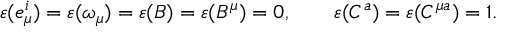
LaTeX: \varepsilon ( e _ { \mu } ^ { i } ) = \varepsilon ( \omega _ { \mu } ) = \varepsilon ( B ) = \varepsilon ( B ^ { \mu } ) = 0 , \qquad \varepsilon ( C ^ { a } ) = \varepsilon ( C ^ { \mu a } ) = 1 .